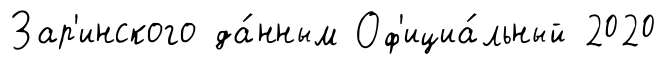
Зар'инского да́нным Оф'ициа́льный 2020